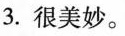
3.很美妙。